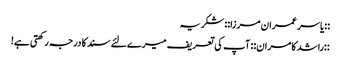
::یاسر عمران مرزا::‌ شکریہ
::راشد کامران:: آپ کی تعریف میرے لئے سند کا درجہ رکھتی ہے!